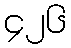
၄၂၆